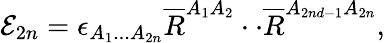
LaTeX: {\cal E}_{2n}=\epsilon_{A_{1}...A_{2n}}\overline{{{R}}}^{A_{1}A_{2}}\cdot\cdot\overline{{{R}}}^{A_{2nd-1}A_{2n}},